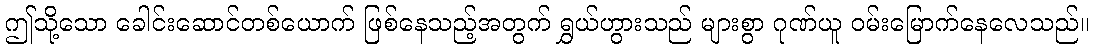
ဤသို့သော ခေါင်းဆောင်တစ်ယောက် ဖြစ်နေသည့်အတွက် ရွှယ်ဟွားသည် များစွာ ဂုဏ်ယူ ဝမ်းမြောက်နေလေသည်။